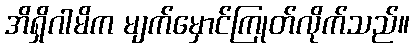
အိရှိဂါမိက မျက်မှောင်ကြုတ်လိုက်သည်။